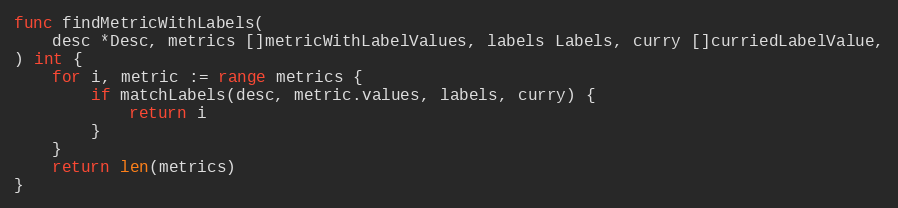
Language: Go
func findMetricWithLabels(
	desc *Desc, metrics []metricWithLabelValues, labels Labels, curry []curriedLabelValue,
) int {
	for i, metric := range metrics {
		if matchLabels(desc, metric.values, labels, curry) {
			return i
		}
	}
	return len(metrics)
}